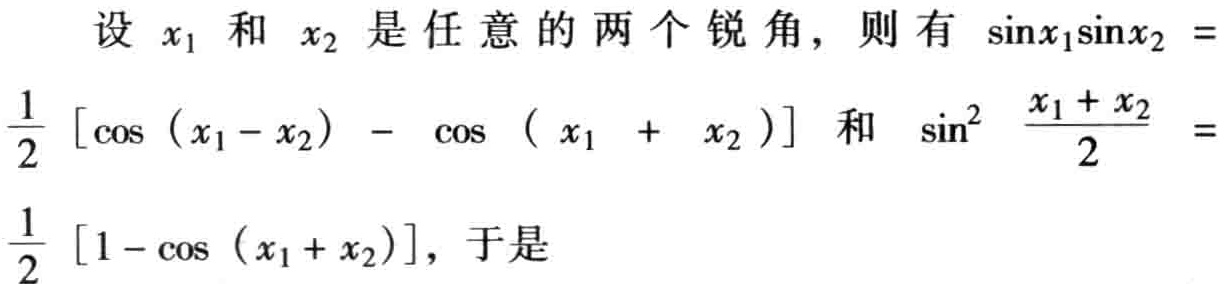
设 \(x_1\) 和 \(x_2\) 是任意的两个锐角，则有 \(\sin x_1\sin x_2 = \frac{1}{2}[\cos(x_1 - x_2)-\cos(x_1 + x_2)]\) 和 \(\sin^{2}\frac{x_1 + x_2}{2}=\frac{1}{2}[1 - \cos(x_1 + x_2)]\)，于是